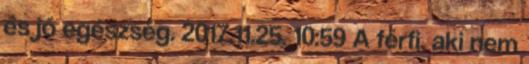
és jó egészség. 2017.11.25. 10:59 A férfi, aki nem